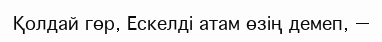
Қолдай гөр, Ескелді атам өзің демеп, —